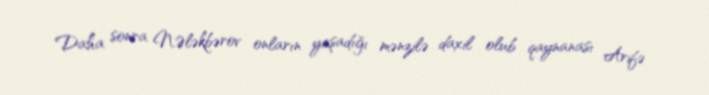
Daha sonra N.Ələkbərov onların yaşadığı mənzilə daxil olub qaynanası Arifə